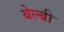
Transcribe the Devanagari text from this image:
बेल्बी